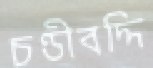
চণ্ডীবদ্দি